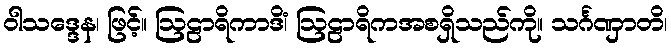
ဝါသဒ္ဒေန၊ ဖြင့်။ ဩဠာရိကာဒိံ၊ ဩဠာရိကအစရှိသည်ကို။ သင်္ဂဏှာတိ၊